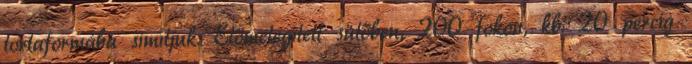
tortaformába simítjuk. Előmelegített sütőben, 200 fokon, kb. 20 percig